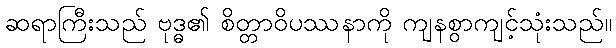
ဆရာကြီးသည် ဗုဒ္ဓ၏ စိတ္တာဝိပဿနာကို ကျနစွာကျင့်သုံးသည်။